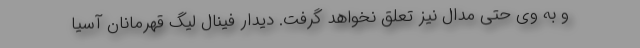
و به وی حتی مدال نیز تعلق نخواهد گرفت. دیدار فینال لیگ قهرمانان آسیا